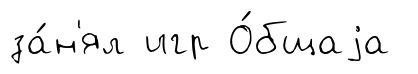
за́н'ял игр О́бщаjа